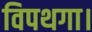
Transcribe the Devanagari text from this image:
विपथगा।